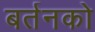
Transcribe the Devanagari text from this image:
बर्तनको